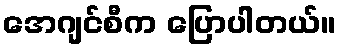
အေဂျင်စီက ပြောပါတယ်။